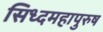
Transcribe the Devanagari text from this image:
सिध्दमहापुरुष